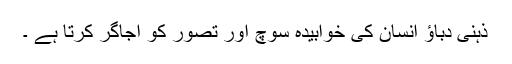
ذہنی دباؤ انسان کی خوابیدہ سوچ اور تصور کو اجاگر کرتا ہے ۔